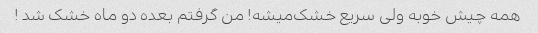
همه چیش خوبه ولی سریع خشک‌میشه! من گرفتم بعده دو ماه خشک شد !